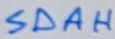
Text: SDAH